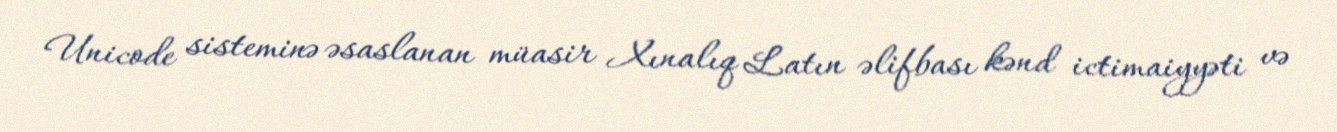
Unicode sisteminə əsaslanan müasir Xınalıq Latın əlifbası kənd ictimaiyyəti və